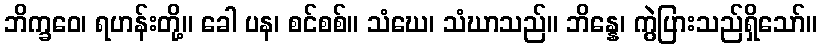
ဘိက္ခဝေ၊ ရဟန်းတို့။ ခေါ ပန၊ စင်စစ်။ သံဃေ၊ သံဃာသည်။ ဘိန္နေ၊ ကွဲပြားသည်ရှိသော်။